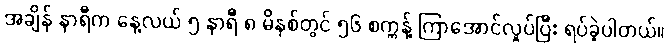
အချိန် နာရီက နေ့လယ် ၅ နာရီ ၈ မိနစ်တွင် ၅၆ စက္ကန့် ကြာအောင်လှုပ်ပြီး ရပ်ခဲ့ပါတယ်။